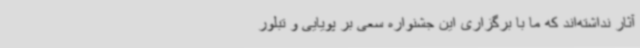
آثار نداشته‌اند که ما با برگزاری این جشنواره سعی بر پویایی و تبلور